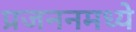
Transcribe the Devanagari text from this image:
प्रजननमध्ये